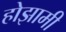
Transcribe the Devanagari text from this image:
होझामी